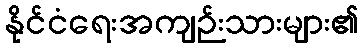
နိုင်ငံရေးအကျဉ်းသားများ၏